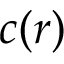
c ( r )